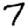
Digit: 7